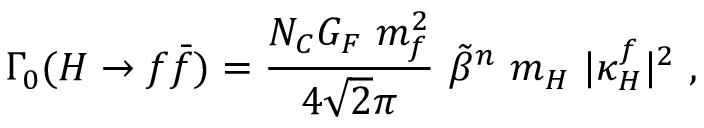
\Gamma _ { 0 } ( H \rightarrow f \bar { f } ) = \frac { N _ { C } G _ { F } \ m _ { f } ^ { 2 } } { 4 \sqrt { 2 } \pi } \ \tilde { \beta } ^ { n } \ m _ { H } \ | \kappa _ { H } ^ { f } | ^ { 2 } \ ,